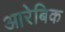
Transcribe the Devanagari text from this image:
आरेबिक